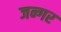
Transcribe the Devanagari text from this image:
जन्गर